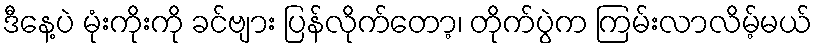
ဒီနေ့ပဲ မုံးကိုးကို ခင်ဗျား ပြန်လိုက်တော့၊ တိုက်ပွဲက ကြမ်းလာလိမ့်မယ်